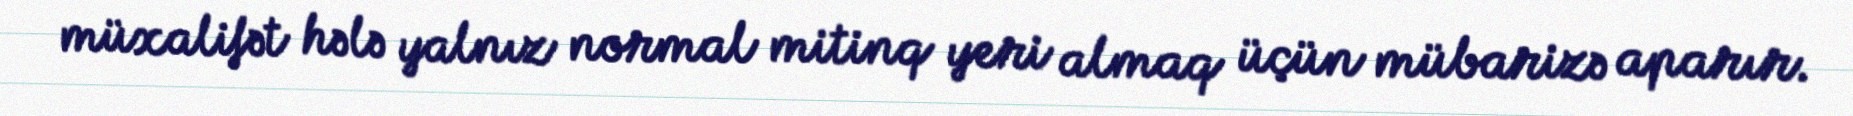
müxalifət hələ yalnız normal mitinq yeri almaq üçün mübarizə aparır.